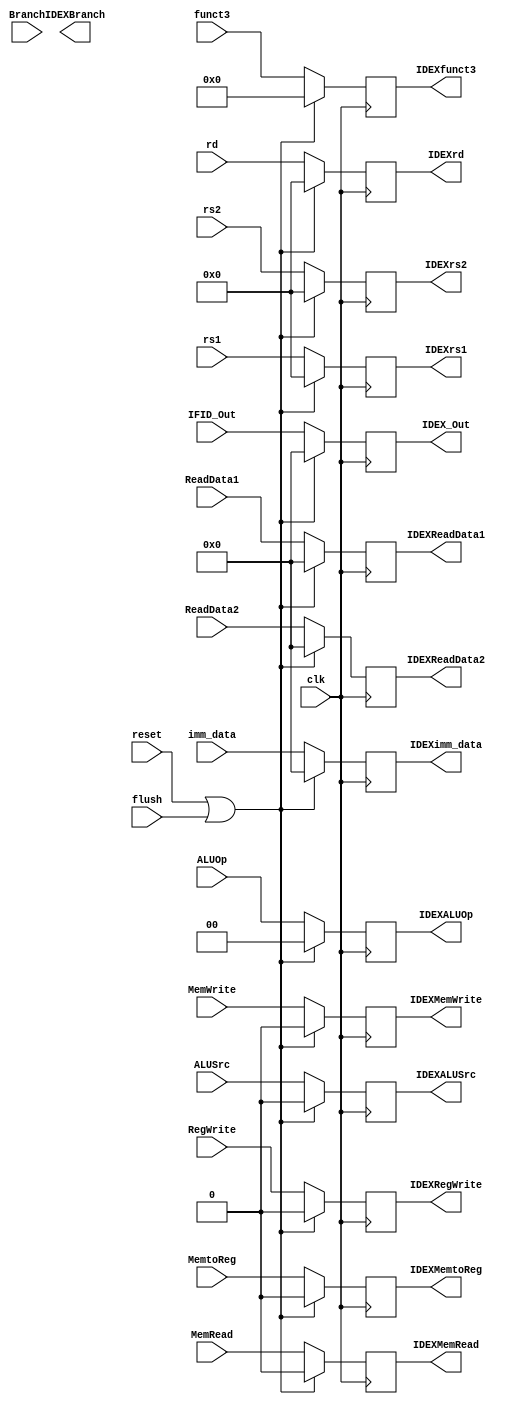
`timescale 1ns / 1ps
//////////////////////////////////////////////////////////////////////////////////
// Company: 
// Engineer: 
// 
// Design Name: 
// Module Name: IDEX
// Project Name: 
// Target Devices: 
// Tool Versions: 
// Description: 
// 
// Dependencies: 
// 
// Revision:
// Revision 0.01 - File Created
// Additional Comments:
// 
//////////////////////////////////////////////////////////////////////////////////


module IDEX(
    input clk,
    input reset, flush,
    input [63:0] IFID_Out, 
    input [63:0] ReadData1,
    input [63:0] ReadData2, 
    input [63:0] imm_data, 
    input  [4:0] rs1, rs2, rd,
    input  [3:0] funct3,
    input  Branch, MemRead, MemtoReg, MemWrite, RegWrite, ALUSrc,
    input  [1:0] ALUOp,
    
    output reg [63:0] IDEX_Out,IDEXReadData1,IDEXReadData2, IDEXimm_data,
    output reg [4:0] IDEXrs1, IDEXrs2, IDEXrd,
    output reg [3:0] IDEXfunct3,
    output reg IDEXBranch, IDEXMemRead, IDEXMemtoReg, IDEXMemWrite, IDEXRegWrite, IDEXALUSrc,
    output reg [1:0] IDEXALUOp

    );
    
always @(posedge clk) begin
    if (reset == 1'b1 || flush == 1'b1)begin
        IDEX_Out = 0;
        IDEXReadData1 = 0;
        IDEXReadData2 = 0;
        IDEXimm_data = 0;
        IDEXrs1 = 0;
        IDEXrs2 = 0;
        IDEXrd = 0;
        IDEXfunct3 = 0;
        IDEXMemRead = 0;
        IDEXMemtoReg = 0;
        IDEXMemWrite = 0; 
        IDEXRegWrite = 0; 
        IDEXALUSrc = 0;
        IDEXALUOp = 0;
        end
    else begin
        IDEX_Out = IFID_Out;
        IDEXReadData1 = ReadData1;
        IDEXReadData2 = ReadData2;
        IDEXimm_data = imm_data;
        IDEXrs1 = rs1;
        IDEXrs2 = rs2;
        IDEXrd = rd;
        IDEXfunct3 = funct3;
        IDEXMemRead = MemRead;
        IDEXMemtoReg = MemtoReg;
        IDEXMemWrite = MemWrite; 
        IDEXRegWrite = RegWrite; 
        IDEXALUSrc = ALUSrc;
        IDEXALUOp = ALUOp;
        end
        
    end
endmodule